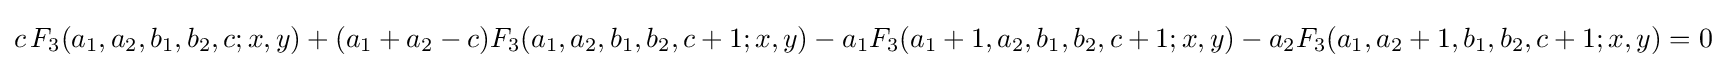
c\,F_{3}(a_{1},a_{2},b_{1},b_{2},c;x,y)+(a_{1}+a_{2}-c)F_{3}(a_{1},a_{2},b_{1},b_{2},c+1;x,y)-a_{1}F_{3}(a_{1}+1,a_{2},b_{1},b_{2},c+1;x,y)-a_{2}F_{3}(a_{1},a_{2}+1,b_{1},b_{2},c+1;x,y)=0~